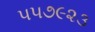
૫૫૭૯૨૩